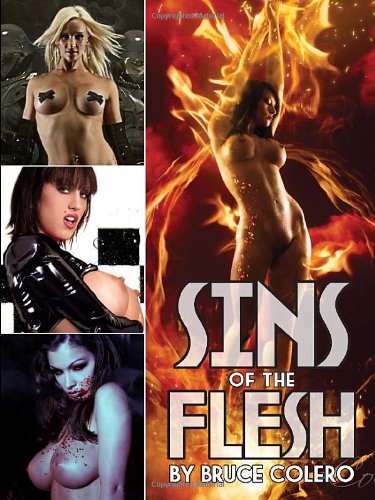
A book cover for Sins of the Flesh; Bruce Colero; Comics & Graphic Novels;